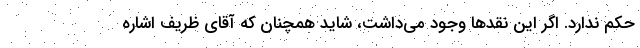
حکم ندارد. اگر این نقدها وجود می‌داشت، شاید همچنان که آقای ظریف اشاره